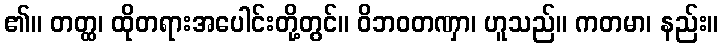
၏။ တတ္ထ၊ ထိုတရားအပေါင်းတို့တွင်။ ဝိဘဝတဏှာ၊ ဟူသည်။ ကတမာ၊ နည်း။